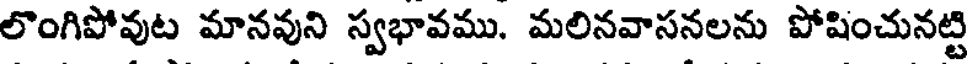
లొంగిపోవుట మానవుని స్వభావము. మలినవాసనలను పోషించునట్టి